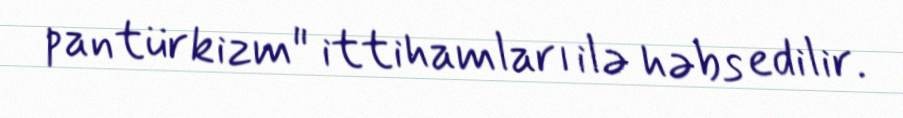
pantürkizm" ittihamları ilə həbs edilir.